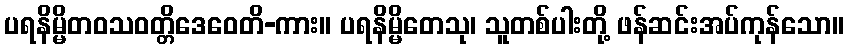
ပရနိမ္မိတဝသဝတ္တိဒေဝေတိ-ကား။ ပရနိမ္မိတေသု၊ သူတစ်ပါးတို့ ဖန်ဆင်းအပ်ကုန်သော။